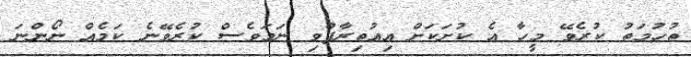
ތުހުމަތު ކުރެވޭ މީހާ އެ ކުށަކަށް އިއުތިރާފްވި ނަމަވެސް ކުރެވޭނެ ކަމެއް ނޯންނަ